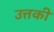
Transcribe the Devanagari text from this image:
उत्तकी